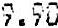
9.90